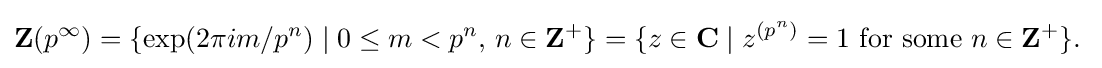
\mathbf {Z} (p^{\infty })=\{\exp(2\pi im/p^{n})\mid 0\leq m<p^{n},\,n\in \mathbf {Z} ^{+}\}=\{z\in \mathbf {C} \mid z^{(p^{n})}=1{\text{ for some }}n\in \mathbf {Z} ^{+}\}.\;